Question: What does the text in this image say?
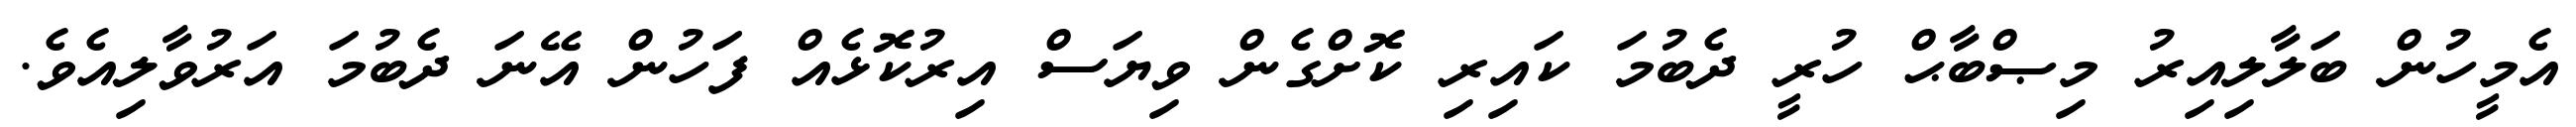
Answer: އެމީހުން ބަލާލިއިރު މިޞްބާޙް ހުރީ ދެބުމަ ކައިރި ކޮށްގެން ވިޔަސް އިރުކޮޅެއް ފަހުން އޭނަ ދެބުމަ އަރުވާލިއެވެ.